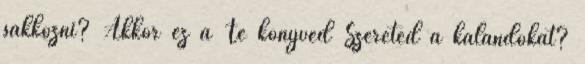
sakkozni? Akkor ez a Te könyved Szereted a kalandokat?